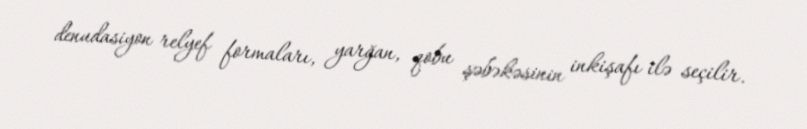
denudasiyon relyef formaları, yarğan, qobu şəbəkəsinin inkişafı ilə seçilir.